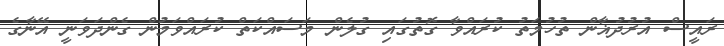
ރައީސް އުރުދުޣާން ތުހުމަތު ކުރައްވާ ގޮތުގައި ގުލެން މަސައްކަތް ކުރައްވަމުން ގެންދަވަނީ އޭނާގެ